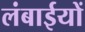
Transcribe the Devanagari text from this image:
लंबाईयों